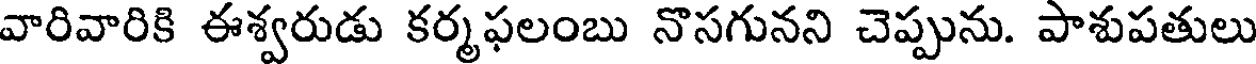
వారివారికి ఈశ్వరుడు కర్మఫలంబు నొసగునని చెప్పును. పాశుపతులు